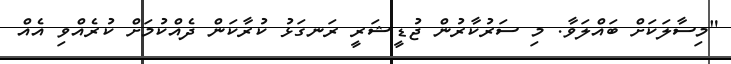
"މިސާލަކަށް ބައްލަވާ. މި ސަރުކާރުން ޖުޑީޝަރީ ރަނގަޅު ކުރާކަން ދެއްކުމަށް ކުރެއްވި އެއް